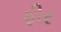
ફીર